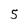
Character: 5